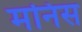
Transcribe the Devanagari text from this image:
मनिस